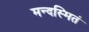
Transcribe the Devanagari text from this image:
मन्दस्मितं